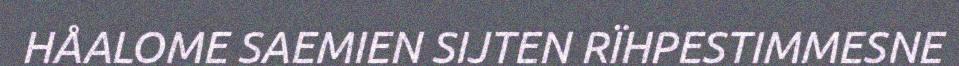
HÅALOME SAEMIEN SIJTEN RÏHPESTIMMESNE